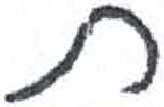
אות: ת